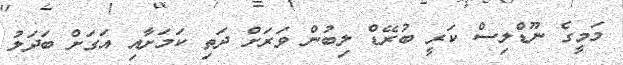
މަމީގެ ނޫޑްލިސް ކަރީ ބުރޭޑް ލިބުން ވަރަށް ދަތި ކަމަށާއި އަގަށް ބަދަލު